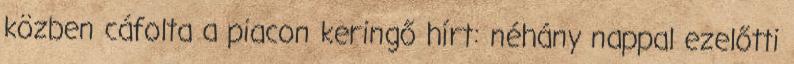
közben cáfolta a piacon keringő hírt: néhány nappal ezelőtti